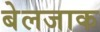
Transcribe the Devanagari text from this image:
बेलजाक